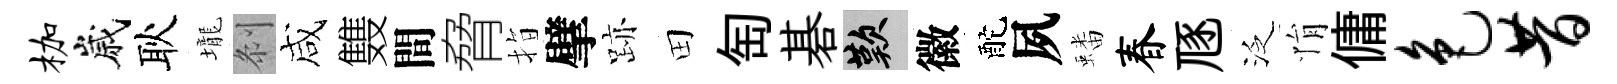
枷嵗耿壠𠛴咸䨇間脅指擘跡田匋碁嘆徽酡夙蟠春豗泛悁傭色昔